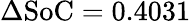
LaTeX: \Delta\mathrm{SoC=0.4031}